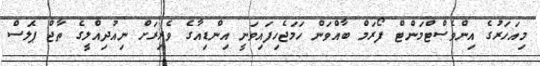
މިއަހަރުގެ އިންވެސްޓްމަންޓް ފޯރަމް ބާއްވަން ހަމަޖެހިފައިވަނީ އިންޑިއާގެ ވެރިރަށް ނިއުދިއްލީގެ ތާޖް ޕެލަސް